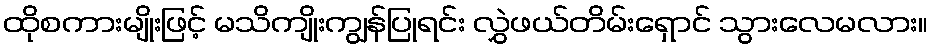
ထိုစကားမျိုးဖြင့် မသိကျိုးကျွန်ပြုရင်း လွှဲဖယ်တိမ်းရှောင် သွားလေမလား။